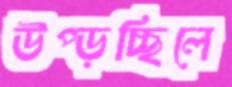
উপ্‌ড়চ্ছিলে